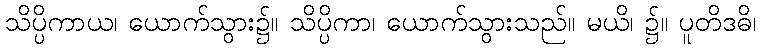
သိပ္ပိကာယ၊ ယောက်သွား၌။ သိပ္ပိကာ၊ ယောက်သွားသည်။ မယိ၊ ၌။ ပူတိဒဓိ၊